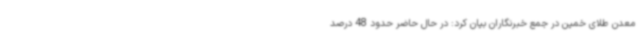
معدن طلای خمین در جمع خبرنگاران بیان کرد: در حال حاضر حدود 48 درصد